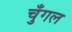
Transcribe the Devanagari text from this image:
चुँगल